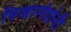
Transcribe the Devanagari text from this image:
निजानंदांनी